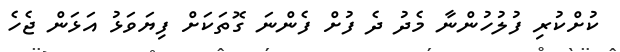
ކުށްކުރި ފުލުހުންނާ މެދު ދެ ފުށް ފެންނަ ގޮތަކަށް ފިޔަވަޅު އަޅަން ޖެހެ